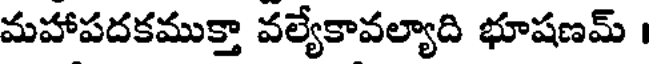
మహాపదకముక్తా వల్యేకావల్యాది భూషణమ్ ।